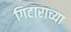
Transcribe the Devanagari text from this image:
गिटाराच्या